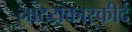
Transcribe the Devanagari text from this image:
नाटय़कारकीर्द